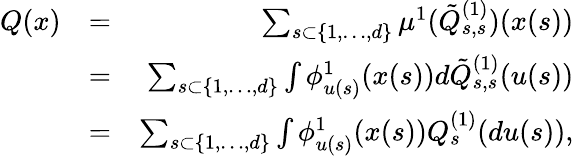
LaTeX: \begin{array}{rlr}{Q(x)}&{=}&{\sum_{s\subset\{ 1,\ldots,d\} }\mu^{1}(\tilde{Q}_{s,s}^{(1)})(x(s))}\\ &{=}&{\sum_{s\subset\{ 1,\ldots,d\} }\int\phi_{u(s)}^{1}(x(s))d\tilde{Q}_{s,s}^{(1)}(u(s))}\\ &{=}&{\sum_{s\subset\{ 1,\ldots,d\} }\int\phi_{u(s)}^{1}(x(s))Q_{s}^{(1)}(du(s)),}\end{array}